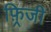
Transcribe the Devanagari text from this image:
फ़्रिजी